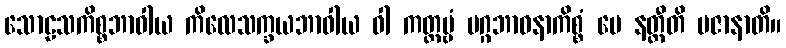
သောဠသကိစ္စဘာဝါယ ကိလေသက္ခယဘာဝါယ ဝါ ကတ္တဗ္ဗံ မဂ္ဂဘာဝနာကိစ္စံ မေ နတ္ထီတိ ပဇာနာတိ။